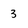
Character: 3